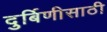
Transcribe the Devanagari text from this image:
दुर्बिणीसाठी